Indian journal of veterinary science and animal husbandry - Volume 3,
Year: 1933
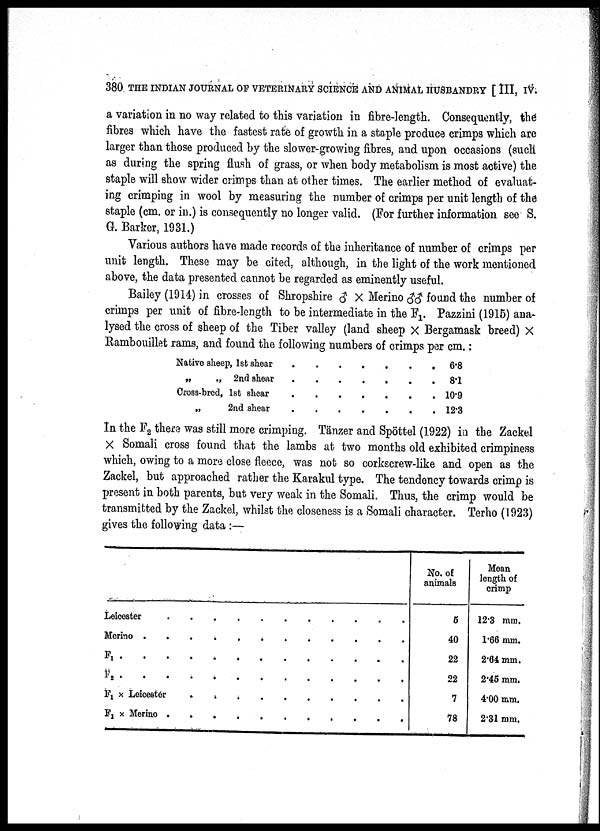
380 THE INDIAN JOURNAL OF VETERINARY SCIENCE AND ANIMAL HUSBANDRY [ III, IV.
a variation in no way related to this variation in fibre-length. Consequently, the
fibres which have the fastest rate of growth in a staple produce crimps which are
larger than those produced by the slower-growing fibres, and upon occasions (such
as during the spring flush of grass, or when body metabolism is most active) the
staple will show wider crimps than at other times. The earlier method of evaluat
ing crimping in wool by measuring the number of crimps per unit length of the
staple (cm. or in.) is consequently no longer valid. (For further information see S.
G. Barker, 1931.)
Various authors have made records of the inheritance of number of crimps per
unit length. These may be cited, although, in the light of the work mentioned
above, the data presented cannot be regarded as eminently useful.
Bailey (1914) in crosses of Shropshire ♂ × Merino ♂♂ found the number of
crimps per unit of fibre-length to be intermediate in the F 1 Pazzini (1915) ana
lysed the cross of sheep of the Tiber valley (land sheep X Bergamask breed) X
Rambouillet rams, and found the following numbers of crimps per cm.:
Native sheep, 1st shear .
„ „ 2nd shear .
Cross-bred, 1st shear .
„ 2nd shear .
.
.
.
.
...
...
...
...
. 6.8
. 8.1
. 10.9
. 12.3
In the F 2 there was still more crimping. Tänzer and Spöttel (1922) in the Zackel
X Somali cross found that the lambs at two months old exhibited crimpiness
which, owing to a more close fleece, was not so corkscrew-like and open as the
Zackel, but approached rather the Karakul type. The tendency towards crimp is
present in both parents, but very weak in the Somali. Thus, the crimp would be
transmitted by the Zackel, whilst the closeness is a Somali character. Terho (1923)
gives the following data :—
Leicester........
Merino..........
F1
F 2
F 1 × Leicester......
F 1 × Merino.......
No. of
animals
5
40
22
22
7
78
Mean
length of
crimp
12.3 mm.
1.66 mm.
2.64 mm.
2.45 mm.
4.00 mm.
2.31 mm.